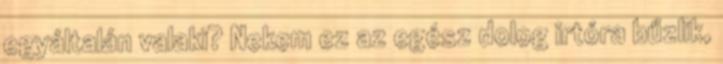
egyáltalán valaki? Nekem ez az egész dolog irtóra bűzlik,